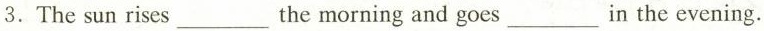
3.The sun rises ___ the morning and goes ___ in the evening.